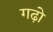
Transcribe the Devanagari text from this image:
गढ़ो